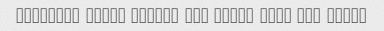
Badtarin pasta momken bud kolan maze sir midad